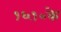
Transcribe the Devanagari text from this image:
१६१०के